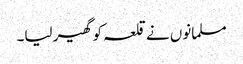
مسلمانوں نے قلعہ کو گھیر لیا۔